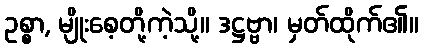
ဥစ္စာ, မျိုးစေ့တို့ကဲ့သို့။ ဒဋ္ဌဗ္ဗာ၊ မှတ်ထိုက်၏။